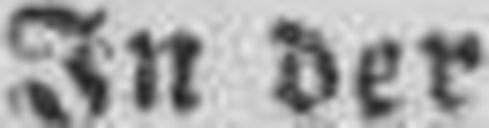
In der